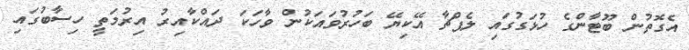
އެގޮތުން ބޫޓާންގެ ހުޅަގުގައި ލެޕްޗާ އޭކިޔޭ ބަހުރުވައަކުން ވާހަކަ ދައްކާއިރު އިރުމަތީ ހިސާބުގައި